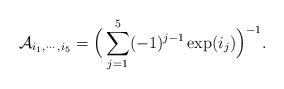
\begin{align*}\mathcal{A}_{i_1,\cdots, i_5}=\Big(\sum\limits_{j=1}^5 (-1)^{j-1} \exp(i_j) \Big)^{-1}.\end{align*}